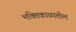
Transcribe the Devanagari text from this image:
भक्तिकाळातील